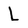
Character: L